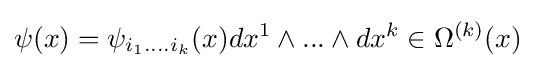
\psi (x)=\psi _{i_{1}....i_{k}}(x)dx^{1}\wedge ...\wedge dx^{k}\in \Omega ^{(k)}(x)